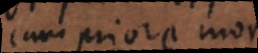
cum priore morae